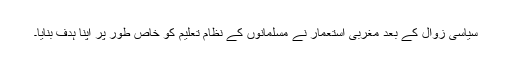
سیاسی زوال کے بعد مغربی استعمار نے مسلمانوں کے نظام تعلیم کو خاص طور پر اپنا ہدف بنایا۔